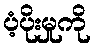
ပံ့ပိုးမှုကို